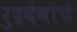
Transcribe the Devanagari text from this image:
रुद्रदेवांचे